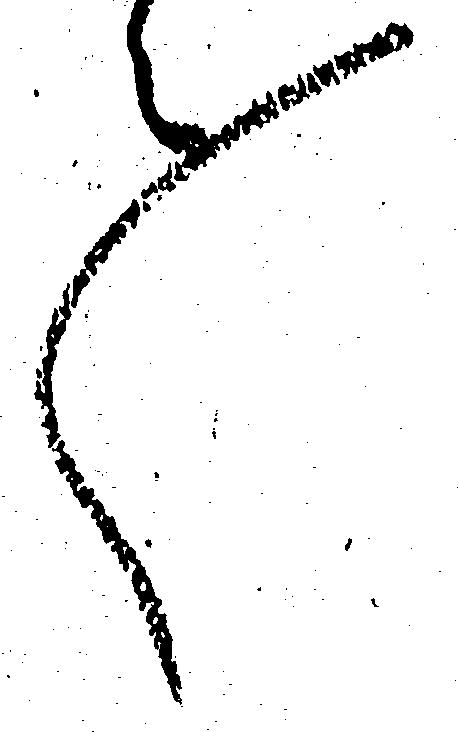
々